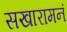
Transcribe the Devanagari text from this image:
सखारामनं